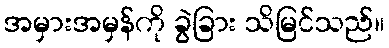
အမှားအမှန်ကို ခွဲခြား သိမြင်သည်။